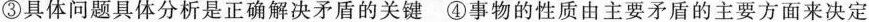
③具体问题具体分析是正确解决矛盾的关键④事物的性质由主要矛盾的主要方面来决定